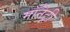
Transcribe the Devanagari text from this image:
मॉनेट्री